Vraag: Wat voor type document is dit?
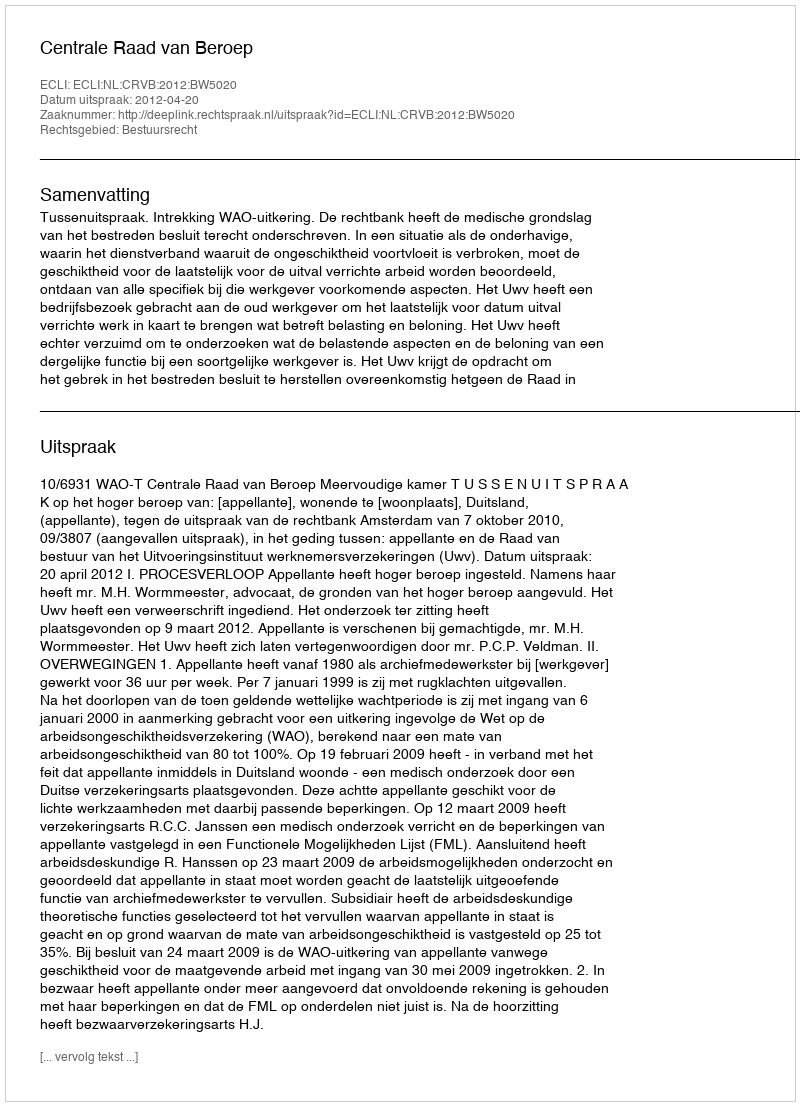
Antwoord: Uitspraak